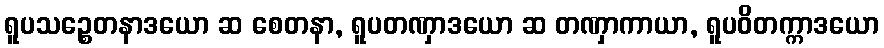
ရူပသဉ္စေတနာဒယော ဆ စေတနာ, ရူပတဏှာဒယော ဆ တဏှာကာယာ, ရူပဝိတက္ကာဒယော